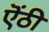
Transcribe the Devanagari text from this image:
ऎंठी